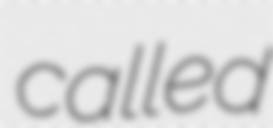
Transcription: called